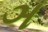
ઞ